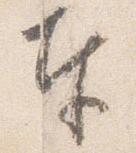
奉